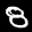
Label: 8